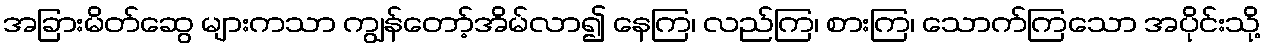
အခြားမိတ်ဆွေ များကသာ ကျွန်တော့်အိမ်လာ၍ နေကြ၊ လည်ကြ၊ စားကြ၊ သောက်ကြသော အပိုင်းသို့